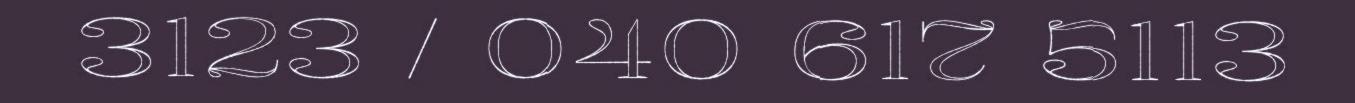
3123 / 040 617 5113